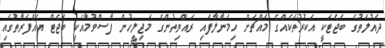
ދައުލަތުގެ ބަޖެޓަކީ އަކުރުތަކެއްގެ މައްޗަށް ހިމަނާލާފައި ރައްޔިތުންގެ މަޖިލީހުން ފާސްވުމާއެކީ ބަޖެޓް އެއްފަރާތުގައި